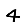
Digit: 4